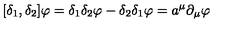
[ \delta _ { 1 } , \delta _ { 2 } ] \varphi = \delta _ { 1 } \delta _ { 2 } \varphi - \delta _ { 2 } \delta _ { 1 } \varphi = a ^ { \mu } \partial _ { \mu } \varphi